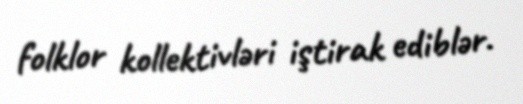
folklor kollektivləri iştirak ediblər.